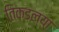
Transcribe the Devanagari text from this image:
तिकडल्या